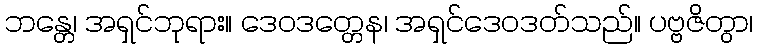
ဘန္တေ၊ အရှင်ဘုရား။ ဒေဝဒတ္တေန၊ အရှင်ဒေဝဒတ်သည်။ ပဗ္ဗဇိတွာ၊